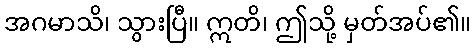
အဂမာသိ၊ သွားပြီ။ ဣတိ၊ ဤသို့ မှတ်အပ်၏။